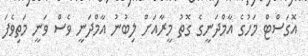
އޮގަސްޓް މަހުގެ އާމްދަނީގެ ގޮތު މީރާއަށް ލިބުނު އާމްދަނީ ވެސް ވަނީ މަތިވެފަ